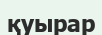
қуырар